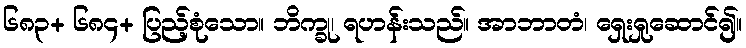
၆၈၃+ ၆၈၄+ ပြည့်စုံသော။ ဘိက္ခု၊ ရဟန်းသည်။ အာဘာတံ၊ ရှေးရှုဆောင်၍။